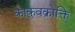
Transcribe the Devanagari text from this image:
काकुवक्रोक्ति